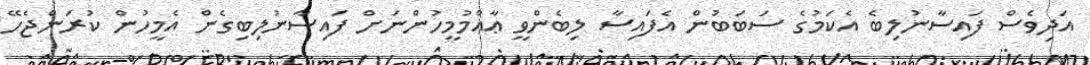
އަދިވެސް ފައިސާނުލިބެ އެކަމުގެ ސަބަބުން އެފައިސާ ލިބެންވީ ޢާއްމުމީހުންނަށް ފައިސާނުލިބިގެން އެމީހުން ކުރަންޖެހޭ